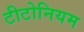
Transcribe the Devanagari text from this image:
टीटोनियम